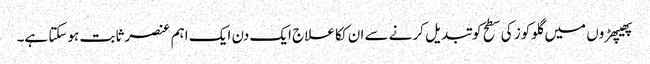
پھیپھڑوں میں گلوکوز کی سطح کو تبدیل کرنے سے ان ککا علاج ایک دن ایک اہم عنصر ثابت ہوسکتا ہے۔